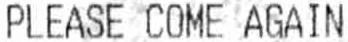
PLEASE COME AGAIN